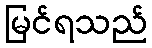
မြင်ရသည်